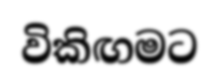
විකිඟමට